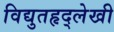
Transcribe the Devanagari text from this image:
विद्युतहृद्‌लेखी